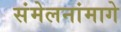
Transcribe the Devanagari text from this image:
संमेलनांमागे